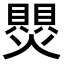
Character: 𬋑